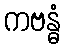
ကဗန္ဓံ